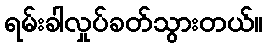
ရမ်းခါလှုပ်ခတ်သွားတယ်။